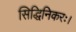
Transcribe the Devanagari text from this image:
सिद्धिनिकरः।